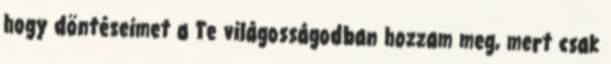
hogy döntéseimet a Te világosságodban hozzam meg, mert csak